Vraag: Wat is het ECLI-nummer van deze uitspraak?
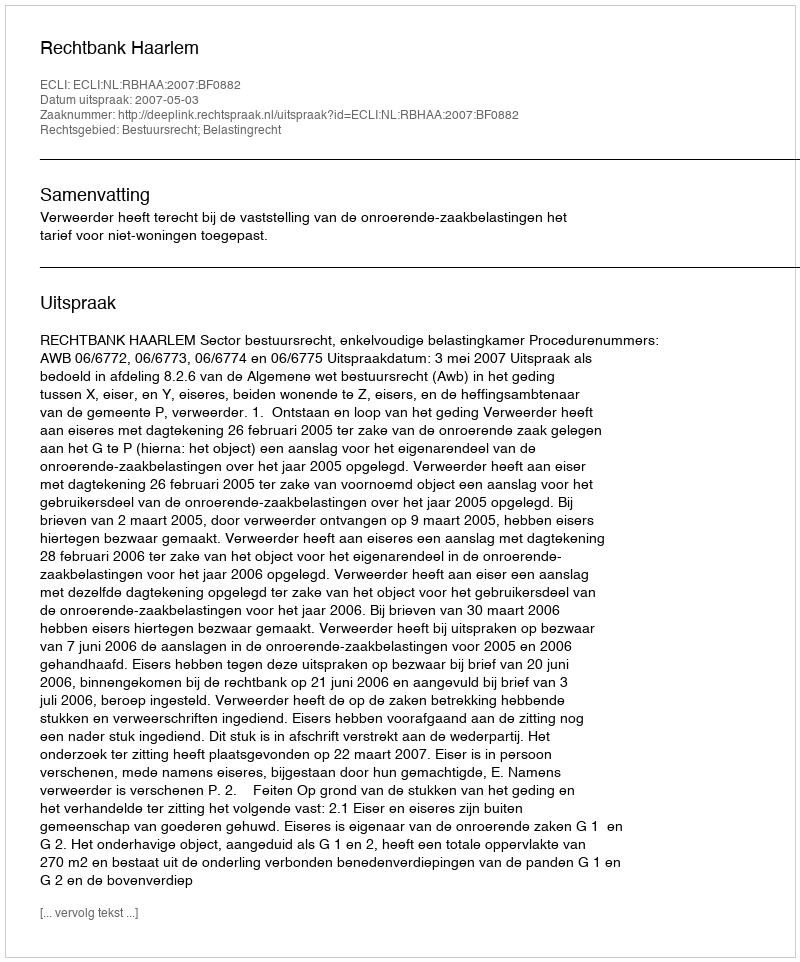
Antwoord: ECLI:NL:RBHAA:2007:BF0882